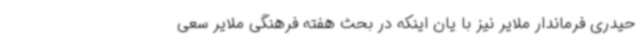
حیدری فرماندار ملایر نیز با یان اینکه در بحث هفته فرهنگی ملایر سعی